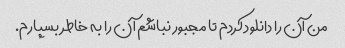
من آن را دانلود کردم تا مجبور نباشم آن را به خاطر بسپارم.